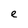
Character: e